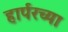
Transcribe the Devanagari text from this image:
हार्परच्या